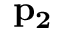
\mathbf { p _ { 2 } }